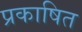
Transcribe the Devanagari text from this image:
प्रकाषित